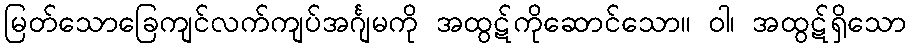
မြတ်သောခြေကျင်လက်ကျပ်အင်္ဂျမကို အထွဋ်ကိုဆောင်သော။ ဝါ၊ အထွဋ်ရှိသော